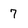
Character: 7